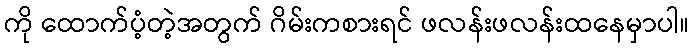
ကို ထောက်ပံ့တဲ့အတွက် ဂိမ်းကစားရင် ဖလန်းဖလန်းထနေမှာပါ။